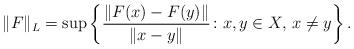
LaTeX: \begin{align*}\| F\|_L = \sup \left\{ \frac{\|F(x) - F(y)\|}{\| x - y\|}\colon x,y\in X,\, x \neq y \right\}.\end{align*}